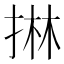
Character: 㨆